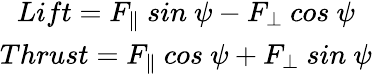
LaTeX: \begin{array}{r}{\begin{array}{c}{Lift=F_{\parallel}\ sin\ \psi-F_{\bot}\ cos\ \psi}\\ {Thrust=F_{\parallel}\ cos\ \psi+F_{\bot}\ sin\ \psi}\end{array}}\end{array}